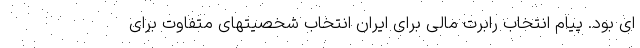
ای بود. پیام انتخاب رابرت مالی برای ایران انتخاب شخصیتهای متفاوت برای